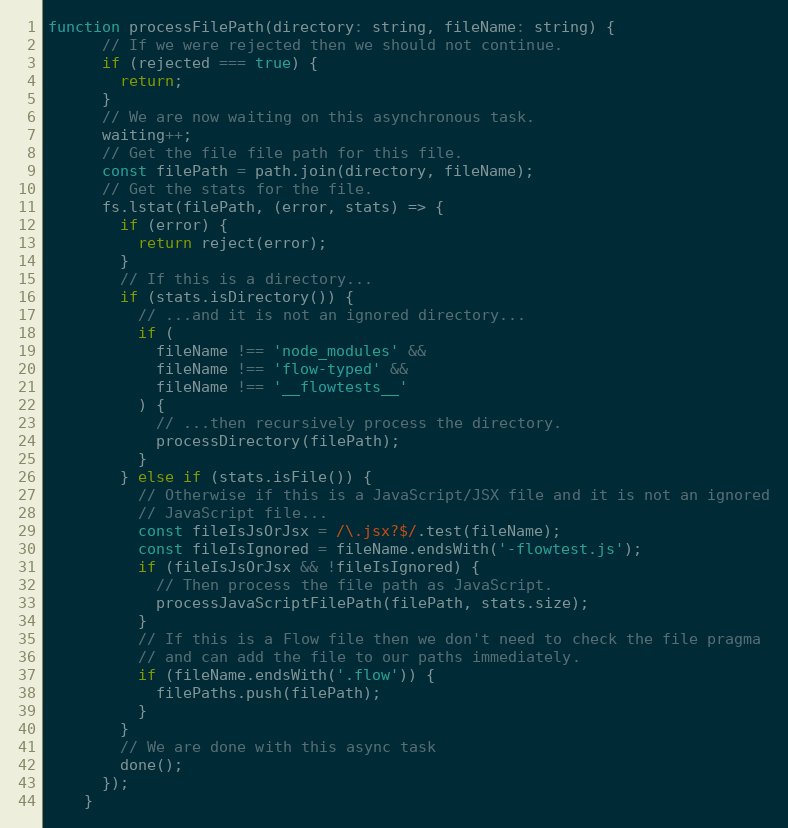
Language: JavaScript
function processFilePath(directory: string, fileName: string) {
      // If we were rejected then we should not continue.
      if (rejected === true) {
        return;
      }
      // We are now waiting on this asynchronous task.
      waiting++;
      // Get the file file path for this file.
      const filePath = path.join(directory, fileName);
      // Get the stats for the file.
      fs.lstat(filePath, (error, stats) => {
        if (error) {
          return reject(error);
        }
        // If this is a directory...
        if (stats.isDirectory()) {
          // ...and it is not an ignored directory...
          if (
            fileName !== 'node_modules' &&
            fileName !== 'flow-typed' &&
            fileName !== '__flowtests__'
          ) {
            // ...then recursively process the directory.
            processDirectory(filePath);
          }
        } else if (stats.isFile()) {
          // Otherwise if this is a JavaScript/JSX file and it is not an ignored
          // JavaScript file...
          const fileIsJsOrJsx = /\.jsx?$/.test(fileName);
          const fileIsIgnored = fileName.endsWith('-flowtest.js');
          if (fileIsJsOrJsx && !fileIsIgnored) {
            // Then process the file path as JavaScript.
            processJavaScriptFilePath(filePath, stats.size);
          }
          // If this is a Flow file then we don't need to check the file pragma
          // and can add the file to our paths immediately.
          if (fileName.endsWith('.flow')) {
            filePaths.push(filePath);
          }
        }
        // We are done with this async task
        done();
      });
    }